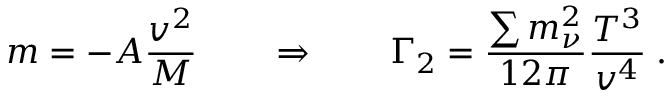
m = - A \frac { v ^ { 2 } } { M } \qquad \Rightarrow \qquad \Gamma _ { 2 } = \frac { \sum m _ { \nu } ^ { 2 } } { 1 2 \pi } \frac { T ^ { 3 } } { v ^ { 4 } } \; .